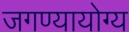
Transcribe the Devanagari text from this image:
जगण्यायोग्य